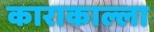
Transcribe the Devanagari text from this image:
काराकाल्ला